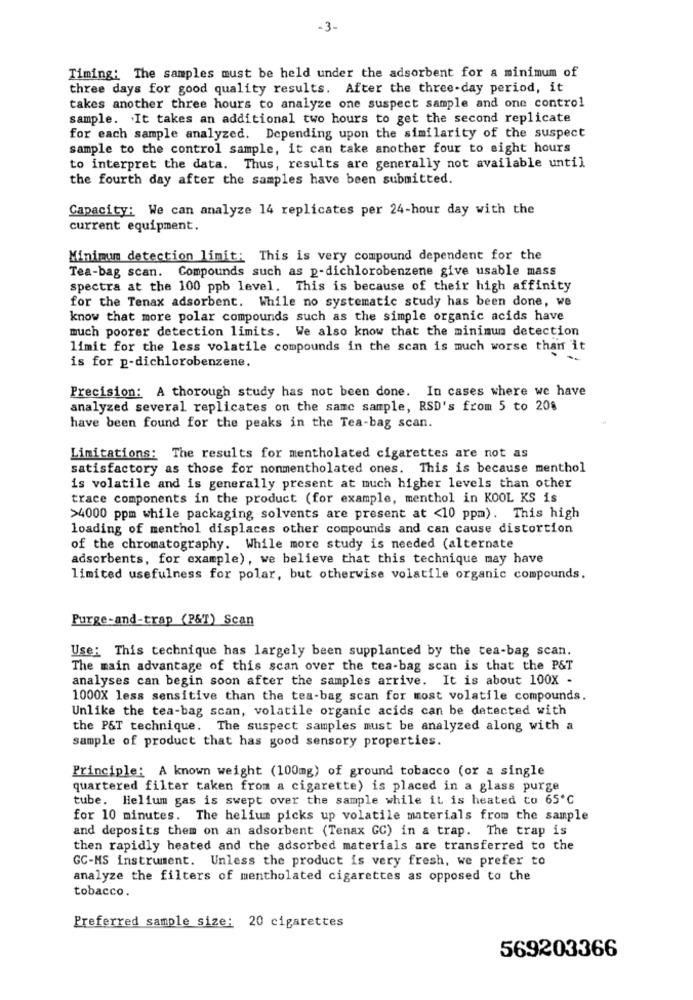
-3-
Timing: The samples must be held under the adsorbent for a minimum of
three days for good quality results. After the three-day period, it
takes another three hours to analyze one suspect sample and one control
sample. . It takes an additional two hours to get the second replicate
for each sample analyzed. Depending upon the similarity of the suspect
sample to the control sample, it can take another four to eight hours
to interpret the data. Thus, results are generally not available until
the fourth day after the samples have been submitted.
Capacity: We can analyze 14 replicates per 24-hour day with the
current equipment.
Minimum detection limit: This is very compound dependent for the
Tea-bag scan. Compounds such as p-dichlorobenzene give usable mass
spectra at the 100 ppb level. This is because of their high affinity
for the Tenax adsorbent. While no systematic study has been done, we
know that more polar compounds such as the simple organic acids have
much poorer detection limits. We also know that the minimum detection
limit for the less volatile compounds in the scan is much worse than it
is for p-dichlorobenzene.
Precision: A thorough study has not been done. In cases where we have
analyzed several replicates on the same sample, RSD's from 5 to 208
have been found for the peaks in the Tea-bag scan.
Limitations: The results for mentholated cigarettes are not as
satisfactory as those for nonmentholated ones. This is because menthol
is volatile and is generally present at much higher levels than other
trace components in the product (for example, menthol in KOOL KS is
>4000 ppm while packaging solvents are present at <10 ppm). This high
loading of menthol displaces other compounds and can cause distortion
of the chromatography. While more study is needed (alternate
adsorbents, for example), we believe that this technique may have
limited usefulness for polar, but otherwise volatile organic compounds.
Purge-and-trap (P&T) Scan
Use: This technique has largely been supplanted by the tea-bag scan.
The main advantage of this scan over the tea-bag scan is that the P&T
analyses can begin soon after the samples arrive. It is about 100X -
1000X less sensitive than the tea-bag scan for most volatile compounds.
Unlike the tea-bag scan, volatile organic acids can be detected with
the PST technique. The suspect samples must be analyzed along with a
sample of product that has good sensory properties.
Principle: A known weight (100mg) of ground tobacco (or a single
quartered filter taken from a cigarette) is placed in a glass purge
tube. Helium gas is swept over the sample while it is heated co 65'℃
for 10 minutes. The helium picks up volatile materials from the sample
and deposits them on an adsorbent (Tenax GC) in a trap. The trap is
then rapidly heated and the adsorbed materials are transferred to the
GC-MS instrument. Unless the product is very fresh, we prefer to
analyze the filters of mentholated cigarettes as opposed to the
tobacco.
Preferred sample size: 20 cigarettes
569203366